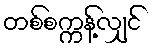
တစ်စက္ကန့်လျှင်